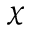
\chi